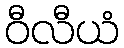
ဝီလီယံ